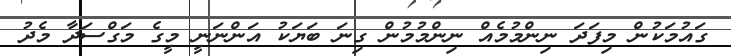
ގައުމަކުން މިފަދަ ނިންމުމެއް ނިންމުމުން ގިނަ ބަޔަކު އަންނަނީ މީގެ މަގްސަދާ މެދު